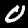
Digit: 0